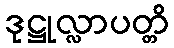
ဒုဋ္ဌုလ္လာပတ္တိ